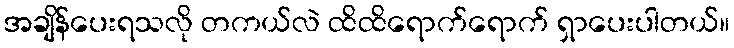
အချိန်ပေးရသလို တကယ်လဲ ထိထိရောက်ရောက် ရှာပေးပါတယ်။